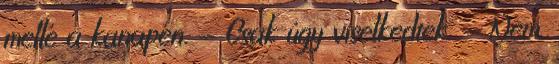
mellé a kanapén. - Csak úgy viselkedtek. - Nem,